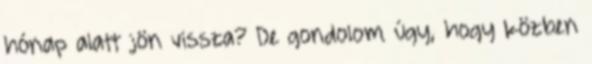
hónap alatt jön vissza? De gondolom úgy, hogy közben